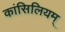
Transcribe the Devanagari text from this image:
कांसिलियम्